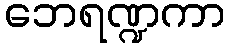
ဘေရဏ္ဍကာ